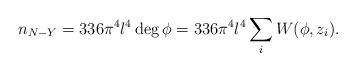
LaTeX: \begin{align*}n_{N-Y}=336\pi ^4l^4\deg \phi =336\pi ^4l^4\sum_iW(\phi ,z_i).\end{align*}